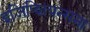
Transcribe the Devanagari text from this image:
इजिप्शियन्सना